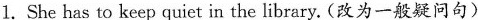
1.She has to keep quiet in the library.(改为一般疑问句)